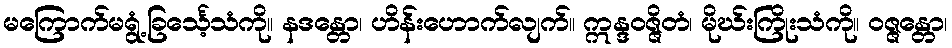
မကြောက်မရွံ့ခြင်္သေ့သံကို။ နဒန္တော၊ ဟိန်းဟောက်လျက်။ ဣန္ဒဝဇ္ဇိတံ၊ မိုဃ်းကြိုးသံကို။ ဝဇ္ဇန္တော၊